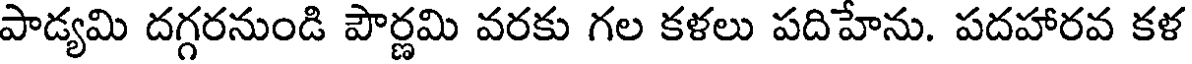
పాడ్యమి దగ్గరనుండి పౌర్ణమి వరకు గల కళలు పదిహేను. పదహారవ కళ